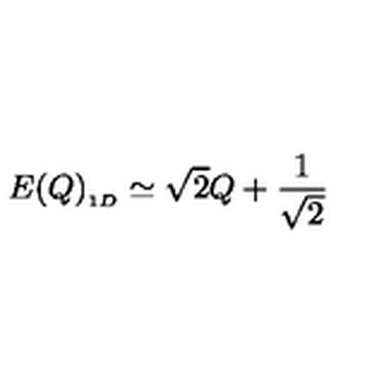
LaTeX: E ( Q ) _ { _ { 1 D } } \simeq \sqrt { 2 } Q + { \frac { 1 } { \sqrt { 2 } } }